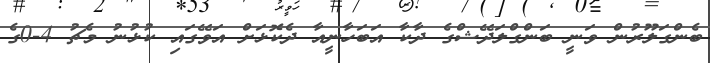
ބެންގަލޫރުން ވަނީ ބަންގްލަދޭޝްގެ ދާކާ އަބަހާނީއާ ދެކޮޅަށް އަވޭގައި ކުޅުނު މެޗު 4-0ގެ